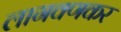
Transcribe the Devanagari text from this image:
लागवणकर